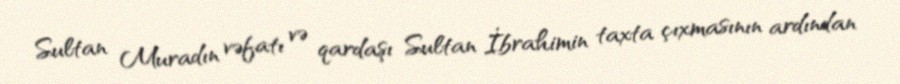
Sultan Muradın vəfatı və qardaşı Sultan İbrahimin taxta çıxmasının ardından